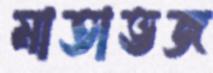
মাতাভজ